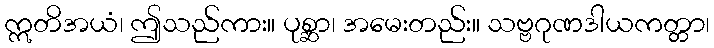
ဣတိအယံ၊ ဤသည်ကား။ ပုစ္ဆာ၊ အမေးတည်း။ သဗ္ဗဂုဏဒါယကတ္တာ၊